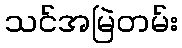
သင်အမြဲတမ်း